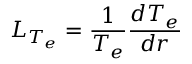
L _ { T _ { e } } = \frac { 1 } { T _ { e } } \frac { d T _ { e } } { d r }